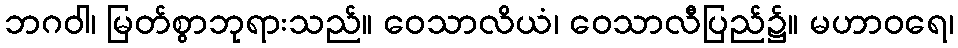
ဘဂဝါ၊ မြတ်စွာဘုရားသည်။ ဝေသာလိယံ၊ ဝေသာလီပြည်၌။ မဟာဝရေ၊